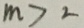
m > 2